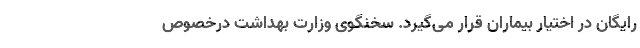
رایگان در اختیار بیماران قرار می‌گیرد. سخنگوی وزارت بهداشت درخصوص